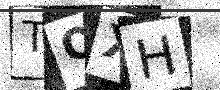
Text: TQXH